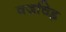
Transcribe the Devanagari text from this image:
वज्रचिह्न